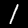
Digit: 1